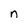
Character: n